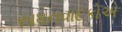
સાધનવાદકોએ